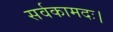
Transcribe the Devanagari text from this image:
सर्वकामदः।